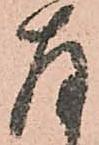
存